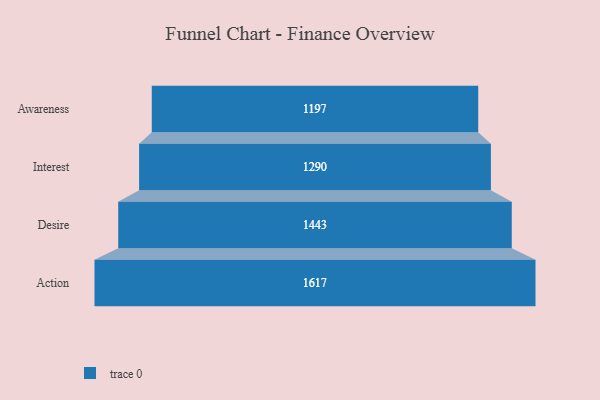
{"axis": {"x": "Stage", "y": "Value"}, "legend": [""], "data": [{"x": "Awareness", "y": 1197.0, "type": ""}, {"x": "Interest", "y": 1290.0, "type": ""}, {"x": "Desire", "y": 1443.0, "type": ""}, {"x": "Action", "y": 1617.0, "type": ""}]}